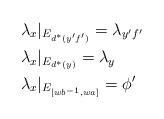
LaTeX: \begin{align*}&\lambda_x|_{E_{d^*(y'f')}}=\lambda_{y'f'} \\&\lambda_x|_{E_{d^*(y)}} = \lambda_y \\&\lambda_x|_{E_{[wb^{-1}, wa]}}= \phi'\end{align*}